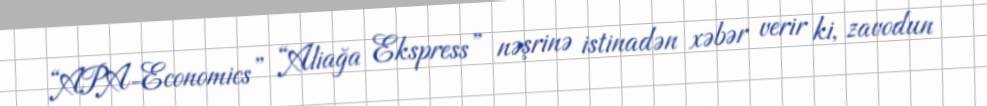
“APA-Economics” “Aliağa Ekspress” nəşrinə istinadən xəbər verir ki, zavodun